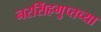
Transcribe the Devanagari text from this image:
नरसिंहगुप्तच्या